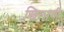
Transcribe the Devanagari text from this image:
खिलाणी